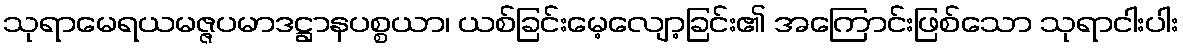
သုရာမေရယမဇ္ဇပမာဒဋ္ဌာနပစ္စယာ၊ ယစ်ခြင်းမေ့လျော့ခြင်း၏ အကြောင်းဖြစ်သော သုရာငါးပါး